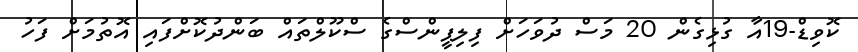
ކޮވިޑް-19އާ ގުޅިގެން 20 މަސް ދުވަހަށް ފިލިޕީންސްގެ ސްކޫލްތައް ބަންދުކޮށްފައި އޮތުމަށް ފަހު